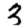
Digit: 3